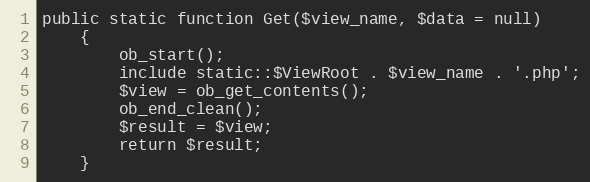
Language: PHP
public static function Get($view_name, $data = null)
    {
        ob_start();
        include static::$ViewRoot . $view_name . '.php';
        $view = ob_get_contents();
        ob_end_clean();
        $result = $view;
        return $result;
    }